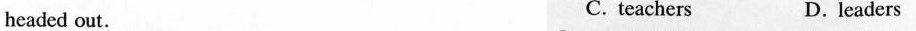
headed out. C. teachers D.leaders